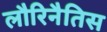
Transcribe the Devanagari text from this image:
लौरिनैतिस